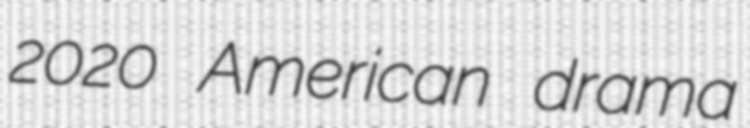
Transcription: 2020 American drama